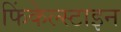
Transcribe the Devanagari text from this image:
फिंकेल्स्टाइन